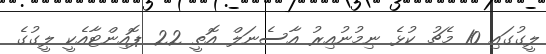
ލީގުގައި 10 މެޗު ކުޅެ ނިމުނުއިރު އާސެނަލް އޮތީ 22 ޕޮއިންޓާއެކީ ލީގުގެ